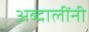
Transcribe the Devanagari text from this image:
अब्दालींनी